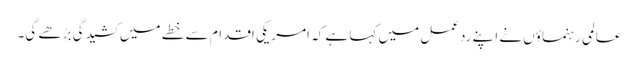
عالمی رہنماؤں نے اپنے ردعمل میں کہا ہے کہ امریکی اقدام سے خطے میں کشیدگی بڑھے گی۔